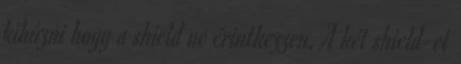
kihúzni hogy a shield ne érintkezzen. A két shield-et